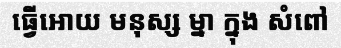
ធ្វើអោយ មនុស្ស ម្នា ក្នុង សំពៅ